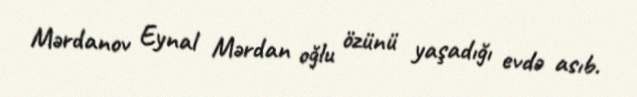
Mərdanov Eynal Mərdan oğlu özünü yaşadığı evdə asıb.